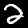
Digit: 2